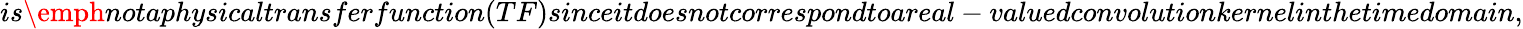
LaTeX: is\emph{not}aphysicaltransferfunction(TF)sinceitdoesnotcorrespondtoareal-valuedconvolutionkernelinthetimedomain,